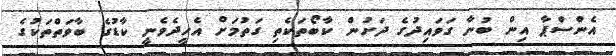
އެންސްޕާ އިން ބުނާ ގަވައިދުގެ ދަށުން ކާބޯތަކެތި ގަތުމަށް އެހީދެވެނީ ކާޑުގެ ބާވަތްތަކުގެ